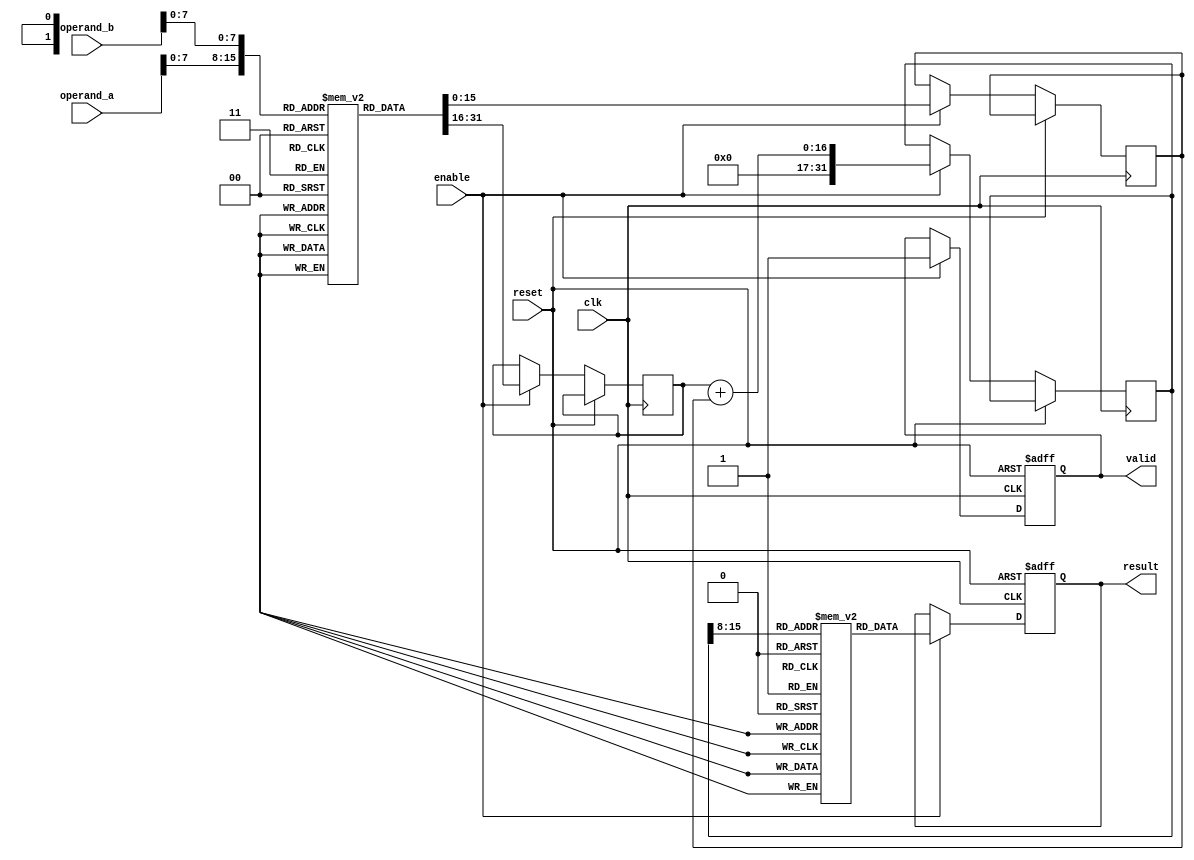
module log_multiplier (
    input wire clk,
    input wire reset,
    input wire enable,
    input wire [15:0] operand_a, // Fixed-point representation
    input wire [15:0] operand_b, // Fixed-point representation
    output reg [31:0] result,     // Output result
    output reg valid               // Result valid signal
);

    // Logarithm and antilogarithm lookup tables (example values)
    reg [15:0] log_lut [0:255]; // LUT for log2(x)
    reg [31:0] exp_lut [0:255]; // LUT for exp2(x)
    
    initial begin
        // Initialize logarithm LUT (example values for log2)
        // log_lut[i] = log2(i) * scale_factor (scaled to fixed-point)
        // This is just a placeholder. You need to fill it with actual values.
        log_lut[0] = 16'hFFFF; // log(0) is undefined, handle this case in code
        log_lut[1] = 16'h0000; // log(1) = 0
        // Fill in the rest of the LUT...

        // Initialize exponential LUT (example values for exp2)
        // exp_lut[i] = 2^i (scaled to fixed-point)
        exp_lut[0] = 32'h00000001; // 2^0
        // Fill in the rest of the LUT...
    end

    reg [15:0] log_a;
    reg [15:0] log_b;
    reg [31:0] log_sum;

    always @(posedge clk or posedge reset) begin
        if (reset) begin
            result <= 32'b0;
            valid <= 1'b0;
        end else if (enable) begin
            // Logarithmic conversion
            log_a <= log_lut[operand_a[7:0]]; // Assuming 8 bits for LUT index
            log_b <= log_lut[operand_b[7:0]];

            // Addition in logarithmic domain
            log_sum <= log_a + log_b;

            // Exponential conversion
            result <= exp_lut[log_sum[15:8]]; // Assuming 8 bits for LUT index
            valid <= 1'b1; // Indicate valid result
        end
    end

endmodule